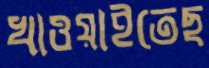
খাওয়াইতেছ